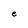
Character: e